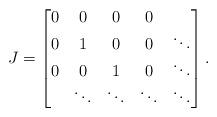
LaTeX: \begin{align*}J =\left[\begin{matrix} 0& 0 & 0 & 0 & \\ 0 & 1 & 0 & 0 & \ddots \\ 0 & 0 & 1 & 0 & \ddots \\ & \ddots & \ddots & \ddots & \ddots \\\end{matrix} \right].\end{align*}